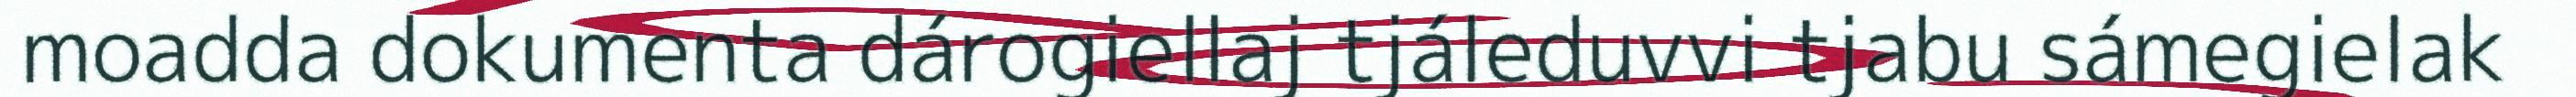
moadda dokumenta dárogiellaj tjáleduvvi tjabu sámegielak